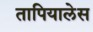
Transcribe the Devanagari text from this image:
तापियालेस